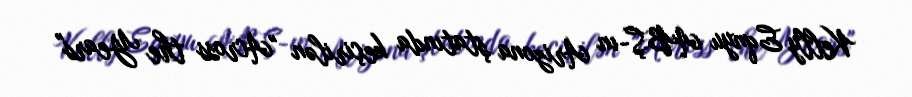
Kelly Eqnyu ABŞ-ın Arizona ştatında keçirilən "Across the Years"